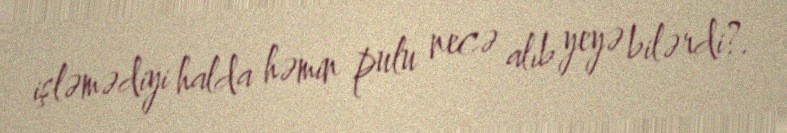
işləmədiyi halda həmin pulu necə alıb yeyə bilərdi?.